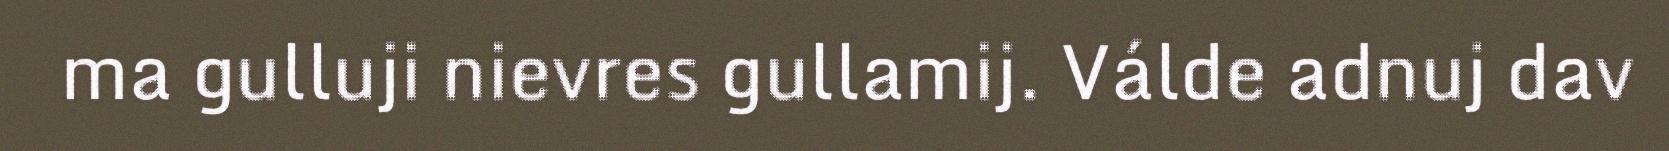
ma gulluji nievres gullamij. Válde adnuj dav